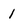
Character: I